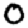
Digit: 0